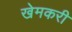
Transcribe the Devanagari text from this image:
खेमकरी